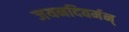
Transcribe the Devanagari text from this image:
जयनदिवर्मन्